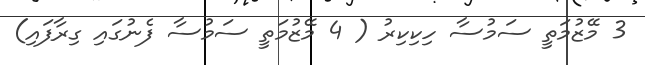
3 މޭޒުމަތީ ސަމުސާ ހިކިކިރު ( 4 މޭޒުމަތީ ސަމުސާ ފެނުގައި ގިރާފައި)